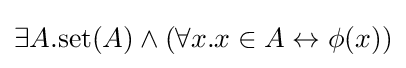
\exists A.\mathrm {set} (A)\wedge (\forall x.x\in A\leftrightarrow \phi (x))